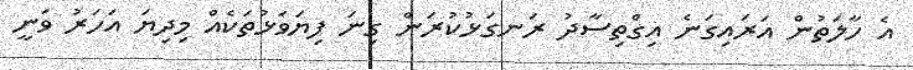
އެ ހާލަތުން އަރައިގަނެ އިގްތިސާދު ރަނގަޅުކުރަން ގިނަ ފިޔަވަޅުތަކެއް މިދިޔަ އަހަރު ވަނީ